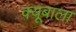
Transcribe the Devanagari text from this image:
क्यूबाला